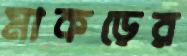
মাকড়ের